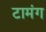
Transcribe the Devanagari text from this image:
टामंग